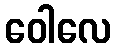
ဝေါလေ